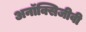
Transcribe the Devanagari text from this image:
अनॉक्सिजीवी